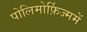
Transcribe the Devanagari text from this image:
पोलिमोर्फ़िज्ममें